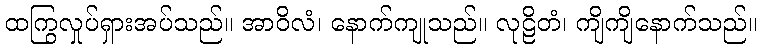
ထကြွလှုပ်ရှားအပ်သည်။ အာဝိလံ၊ နောက်ကျုသည်။ လုဠိတံ၊ ကျိကျိနောက်သည်။